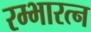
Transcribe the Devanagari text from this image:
रम्भारत्न